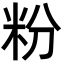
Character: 粉